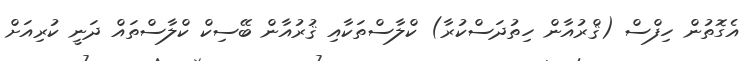
އެގޮތުން ހިފްސް (ޤްރުއާން ހިތުދަސްކުރާ) ކްލާސްތަކާއި ޤުރުއާން ބޭސިކް ކްލާސްތައް ދަނީ ކުރިއަށް